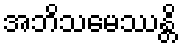
အဘိသမေဿန္တိ